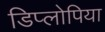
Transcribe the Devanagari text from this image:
डिप्लोपिया